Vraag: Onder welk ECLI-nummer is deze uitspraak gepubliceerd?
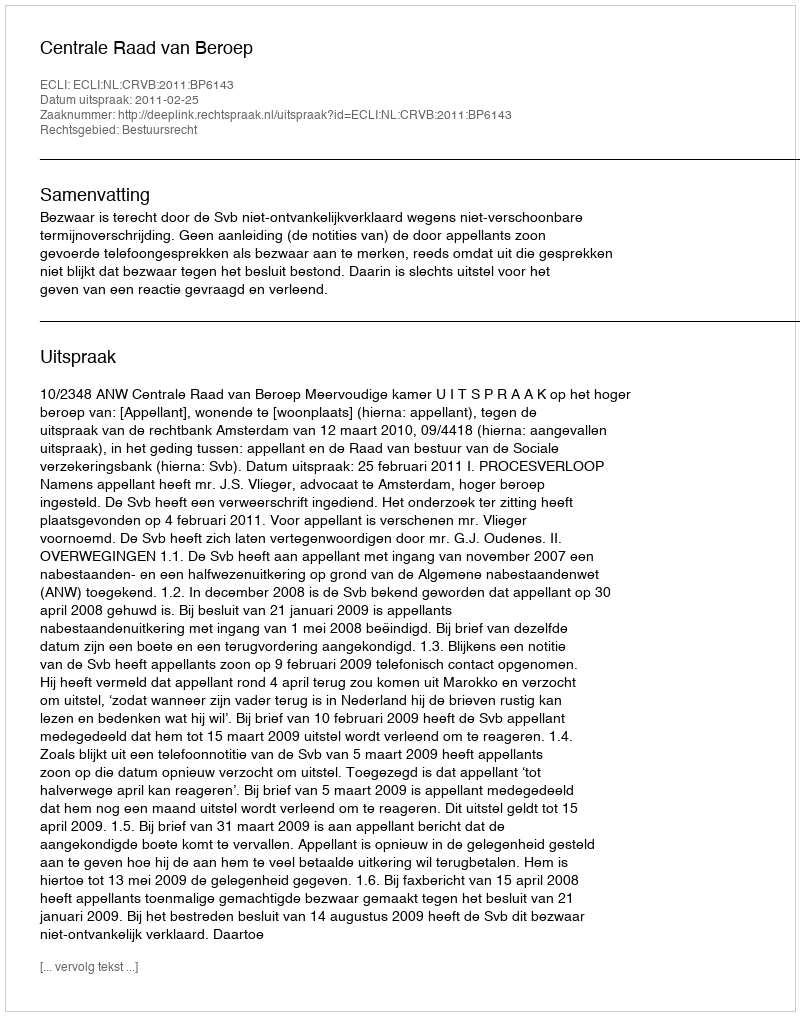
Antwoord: ECLI:NL:CRVB:2011:BP6143